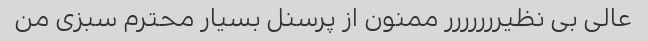
عالی بی نظیررررررر ممنون از پرسنل بسیار محترم سبزی من